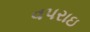
વપરાઇ